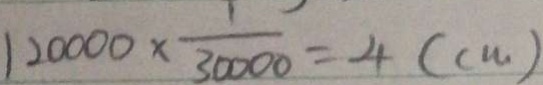
1 2 0 0 0 0 \times \frac { 1 } { 3 0 0 0 0 } = - 4 ( c m )